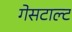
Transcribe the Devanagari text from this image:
गेसटाल्ट